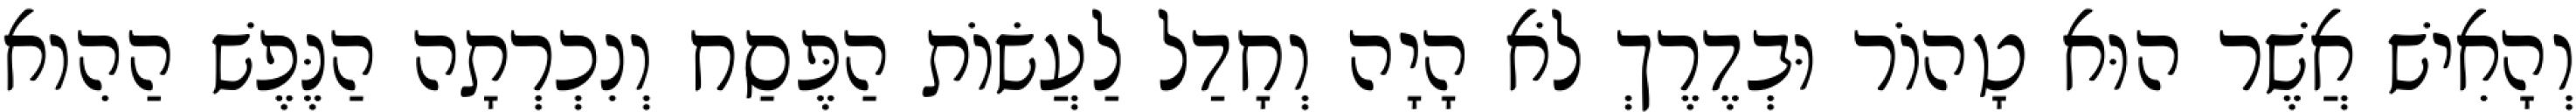
וְהָאִישׁ אֲשֶׁר הוּא טָהוֹר וּבְדֶרֶךְ לֹא הָיָה וְחָדַל לַעֲשׂוֹת הַפֶּסַח וְנִכְרְתָה הַנֶּפֶשׁ הַהִוא